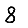
Digit: 8